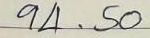
94 . 50